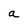
Character: a